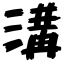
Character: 溝